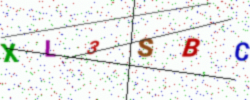
Text: XL3SBC